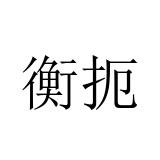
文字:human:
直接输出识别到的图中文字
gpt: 衡扼